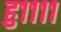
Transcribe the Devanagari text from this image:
हु११११